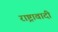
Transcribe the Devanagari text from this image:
राष्ट्रावादी